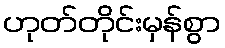
ဟုတ်တိုင်းမှန်စွာ